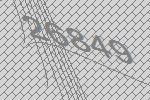
26849